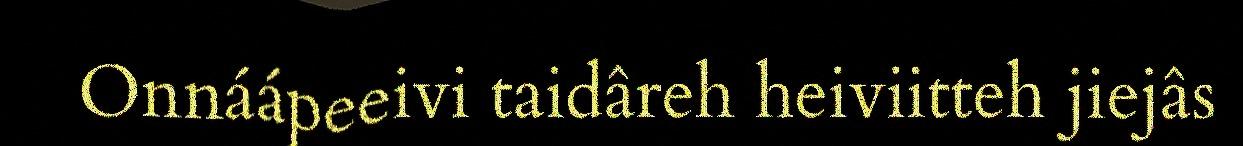
Onnáápeeivi taidâreh heiviitteh jiejâs